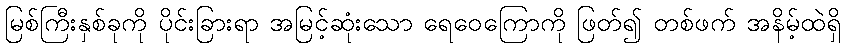
မြစ်ကြီးနှစ်ခုကို ပိုင်းခြားရာ အမြင့်ဆုံးသော ရေဝေကြောကို ဖြတ်၍ တစ်ဖက် အနိမ့်ထဲရှိ